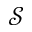
\mathcal { S }